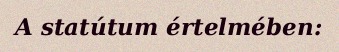
A statútum értelmében: